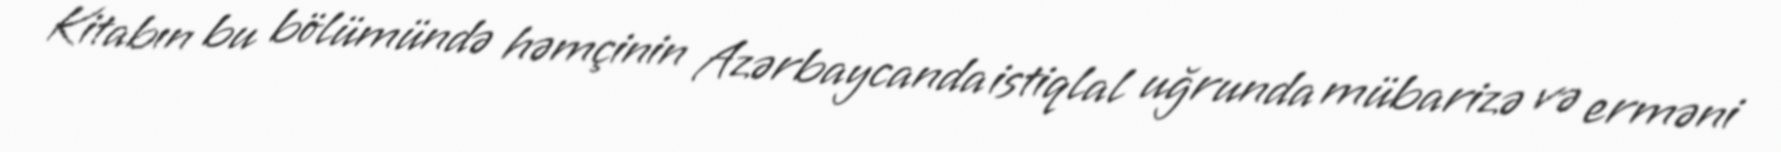
Kitabın bu bölümündə həmçinin Azərbaycanda istiqlal uğrunda mübarizə və erməni